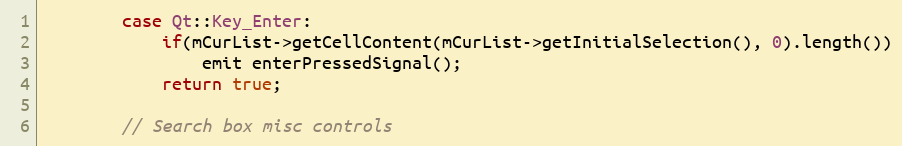
Language: C++
        case Qt::Key_Enter:
            if(mCurList->getCellContent(mCurList->getInitialSelection(), 0).length())
                emit enterPressedSignal();
            return true;

        // Search box misc controls